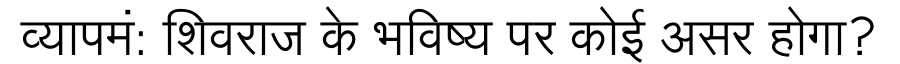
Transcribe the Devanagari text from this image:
व्यापमं: शिवराज के भविष्य पर कोई असर होगा?